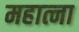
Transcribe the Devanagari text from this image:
महात्ना